Vaccination in the Punjab 1883-1896 - 1883-1896
Year: 1883
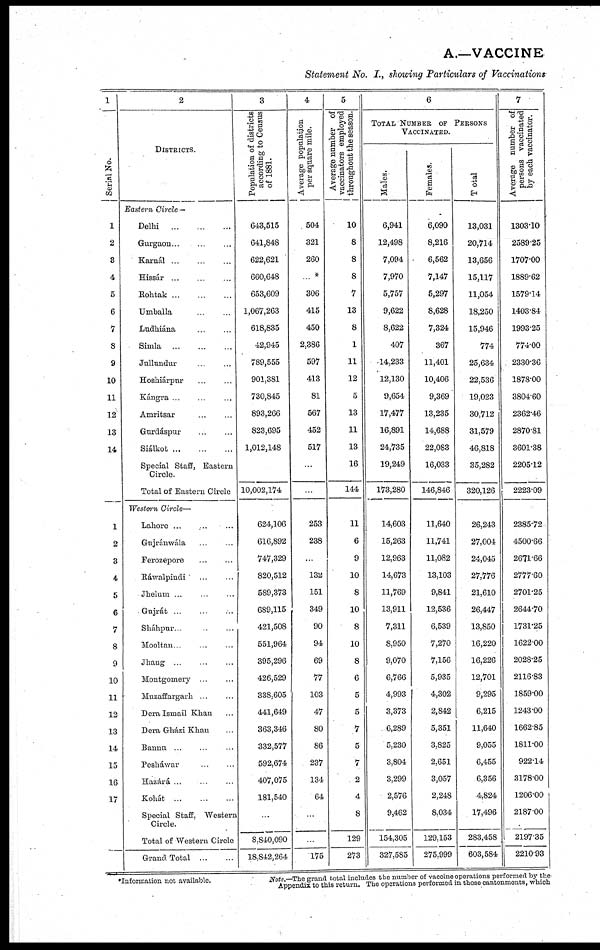
A.—VACCINE
Statement No. I., showing Particulars of Vaccinations
1
Serial No.
1
2
3
4
5
6
7
8
9
10
11
12
13
14
1
2
3
4
5
6
7
8
9
10
11
12
13
14
15
16
17
2
DISTRICTS.
Eastern Circle —
Delhi
...
...
...
Gurgaon... ... ...
Karnál ... ... ...
Hissár
...
...
...
Rohtak ... ... ...
Umballa ... ...
Ludhiána ... ...
Simla
...
...
...
Jullundur ... ...
Hoshiárpur ... ...
Kángra ... ... ...
Amritsar ... ...
Gurdáspur ... ...
Siálkot ... ... ...
Special Staff, Eastern
Circle.
Total of Eastern Circle
Western Circle—
Lahore ...
....
...
Gujránwála ... ...
Ferozepore ... ...
Ráwalpindi
... ...
Jhelum ... ... ...
Gujrát ... ... ...
Sháhpur... ... ...
Mooltan... ... ...
Jhang ... ... ...
Montgomery ... ...
Muzaffargarh ... ...
Dera Ismail Khan ...
Dera Gházi Khan ...
Bannu ... ... ...
Pesháwar ... ...
Hazárá ... ... ...
Kohát
...
...
...
Special Staff, Western
Circle.
Total of Western Circle
Grand Total
...
...
3
Population of districts
according to Census
of 1881.
643,515
641,848
622,621
660,648
653,609
1,067,263
618,835
42,945
789,555
901,381
730,845
893,266
823,695
1,012,148
10,002,174
624,106
616,892
747,329
820,512
589,373
689,115
421,508
551,964
395,296
426,529
338,605
441,649
363,346
332,577
592,674
407,075
181,540
...
S,S40,090
18,842,264
4
Average population
per square mile.
504
321
260
... *
306
415
450
2,386
597
413
81
567
452
517
...
...
253
238
...
132
151
349
90
94
69
77
103
47
80
86
237
134
64
...
175
5
Average number of
vaccinators employed
throughout the season.
10
8
8
8
7
13
8
1
11
12
5
13
11
13
16
144
11
6
9
10
8
10
8
10
8
6
5
5
7
5
7
2
4
8
129
273
6
TOTAL NUMBER OF PERSONS
VACCINATED.
Males.
6,941
12,498
7,094
7,970
5,757
9,622
8,622
407
14,233
12,130
9,654
17,477
16,891
24,735
19,249
173,280
14,603
15,263
12,963
14,673
11,769
13,911
7,311
8,950
9,070
6,766
4,993
3,373
6,289
5,230
3,804
3,299
2,576
9,462
154,305
327,585
Females.
6,090
8,216
6,562
7,147
5,297
8,628
7,324
367
11,401
10,406
9,369
13,235
14,688
22,083
16,033
146,846
11,640
11,741
11,082
13,103
9,841
12,536
6,539
7,270
7,156
5,935
4,302
2,842
5,351
3,825
2,651
3,057
2,248
8,034
129,153
275,999
Total.
13,031
20,714
13,656
15,117
11,054
18,250
15,946
774
25,634
22,536
19,023
30,712
31,579
46,818
35,282
320,126
26,243
27,004
24,045
27,776
21,610
26,447
13,850
16,220
16,226
12,701
9,295
6,215
11,640
9,055
6,455
6,356
4,824
17,496
2S3,458
603,584
7
Average number of
persons vaccinated
by each vaccinator.
1303.10
2589.25
1707.00
1889.62
1579.14
1403.84
1993.25
774.00
2330.36
1878.00
3804.60
2362.46
2870.81
3601.38
2205.12
2223.09
2385.72
4500.66
2671.66
2777.60
2701.25
2644.70
1731.25
1622.00
2028.25
2116.83
1859.00
1243.00
1662.85
1811.00
922.14
3178.00
1206.00
2187.00
219735
2210.93
*Information not available.
Note.—The grand total includes the number of vaccine operations performed by the
Appendix to this return. The operations performed in those cantonments, which